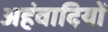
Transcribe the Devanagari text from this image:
अहंवादियों